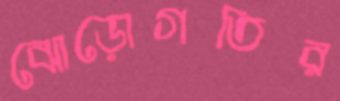
ঝোড়োগতির